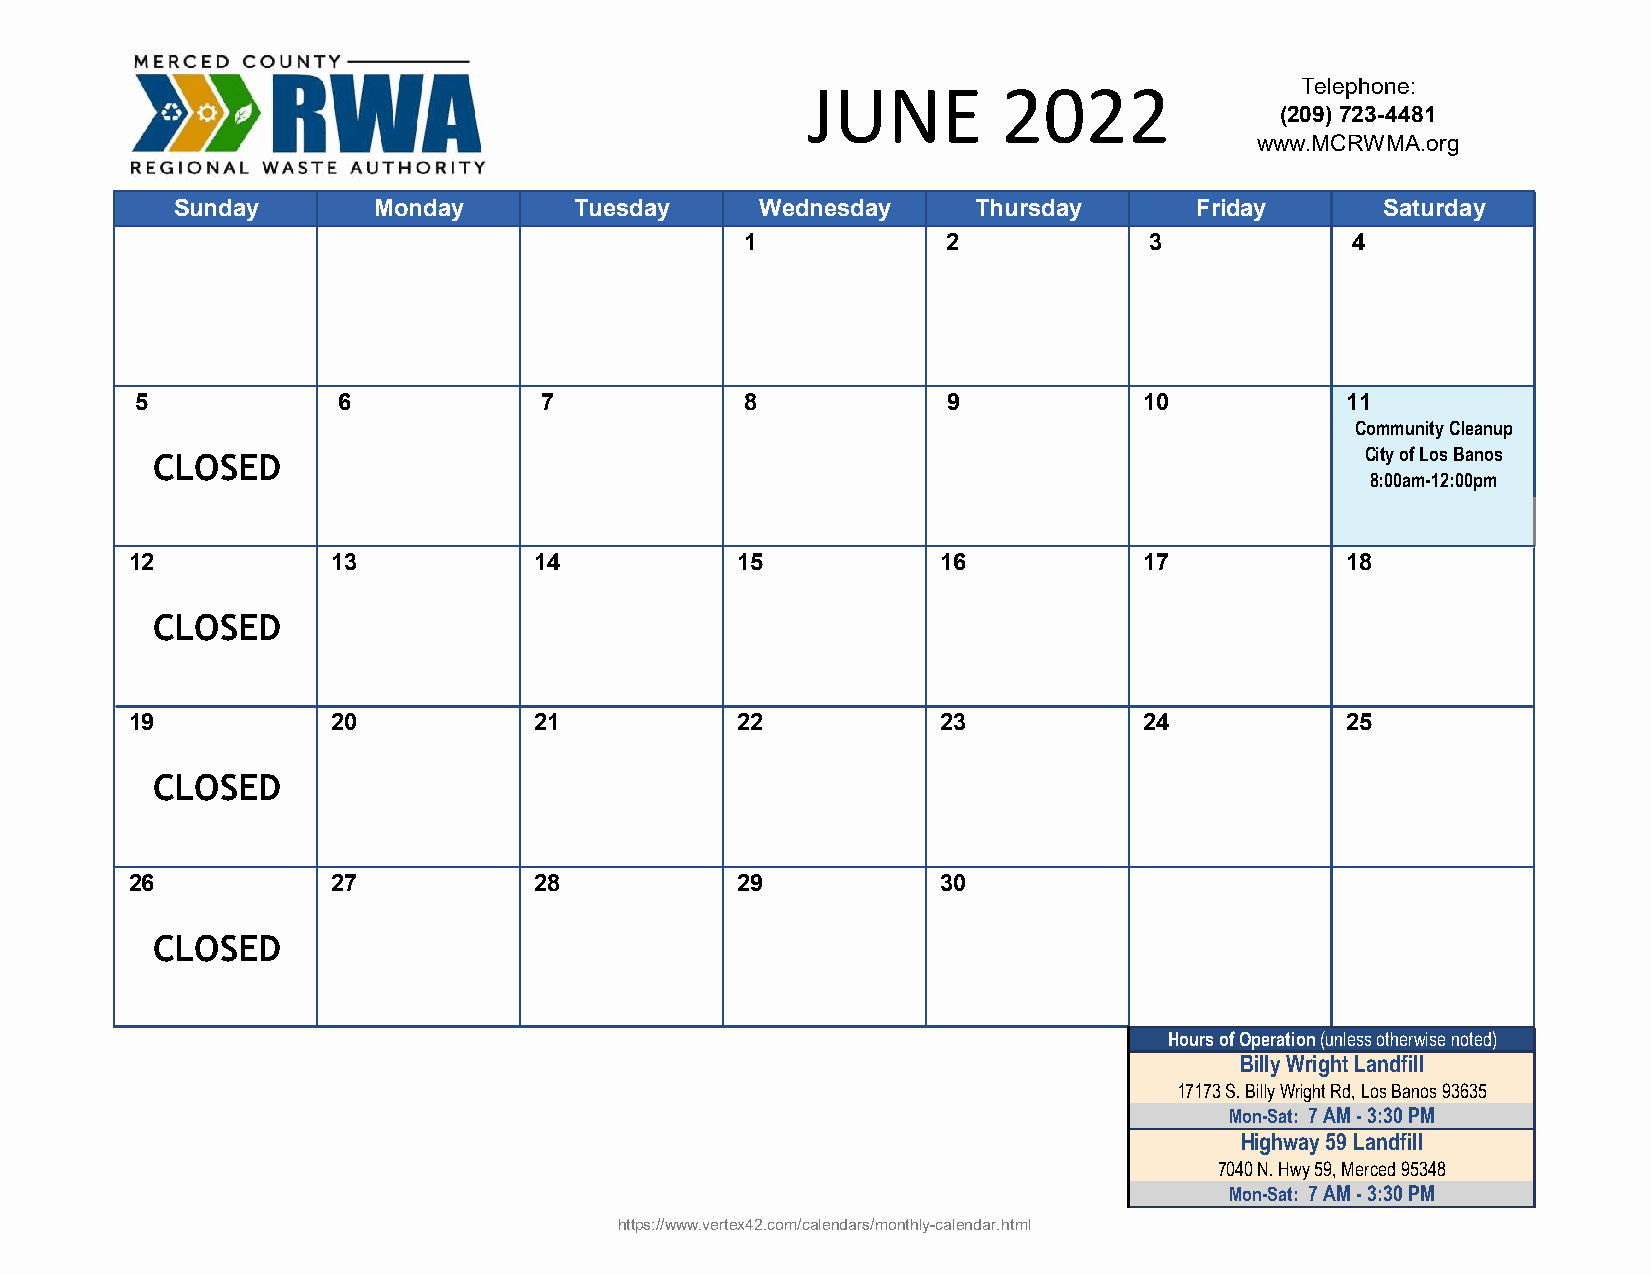
JUNE         2022                Telephone:
 (209) 723-4481
 www.MCRWMA.org
 Sunday       Monday       Tuesday     Wednesday      Thursday      Friday       Saturday
 1             2            3            4
 5            6             7            8             9            10           11
 Community Cleanup
 City of Los Banos
 CLOSED
 8:00am-12:00pm
 12           13           14            15           16            17           18
 CLOSED
 19           20           21            22           23            24           25
 CLOSED
 26           27           28            29           30
 CLOSED
 Hours of Operation (unless otherwise noted)
 Billy Wright Landfill
 17173 S. Billy Wright Rd, Los Banos 93635
 Mon-Sat: 7 AM - 3:30 PM
 Highway 59 Landfill
 7040 N. Hwy 59, Merced 95348
 Mon-Sat: 7 AM - 3:30 PM
 https://www.vertex42.com/calendars/monthly-calendar.html